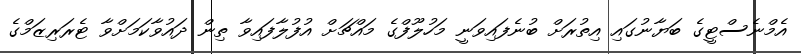
އެމްނެސްޓީގެ ބަޔާނުގައި އިތުރަށް ބުނެފައިވަނީ މަހުލޫފްގެ މައްޗަށް އުފުލާފައިވާ ތިން ދައުވާކަމަށްވާ ޓެރަރިޒަމްގެ